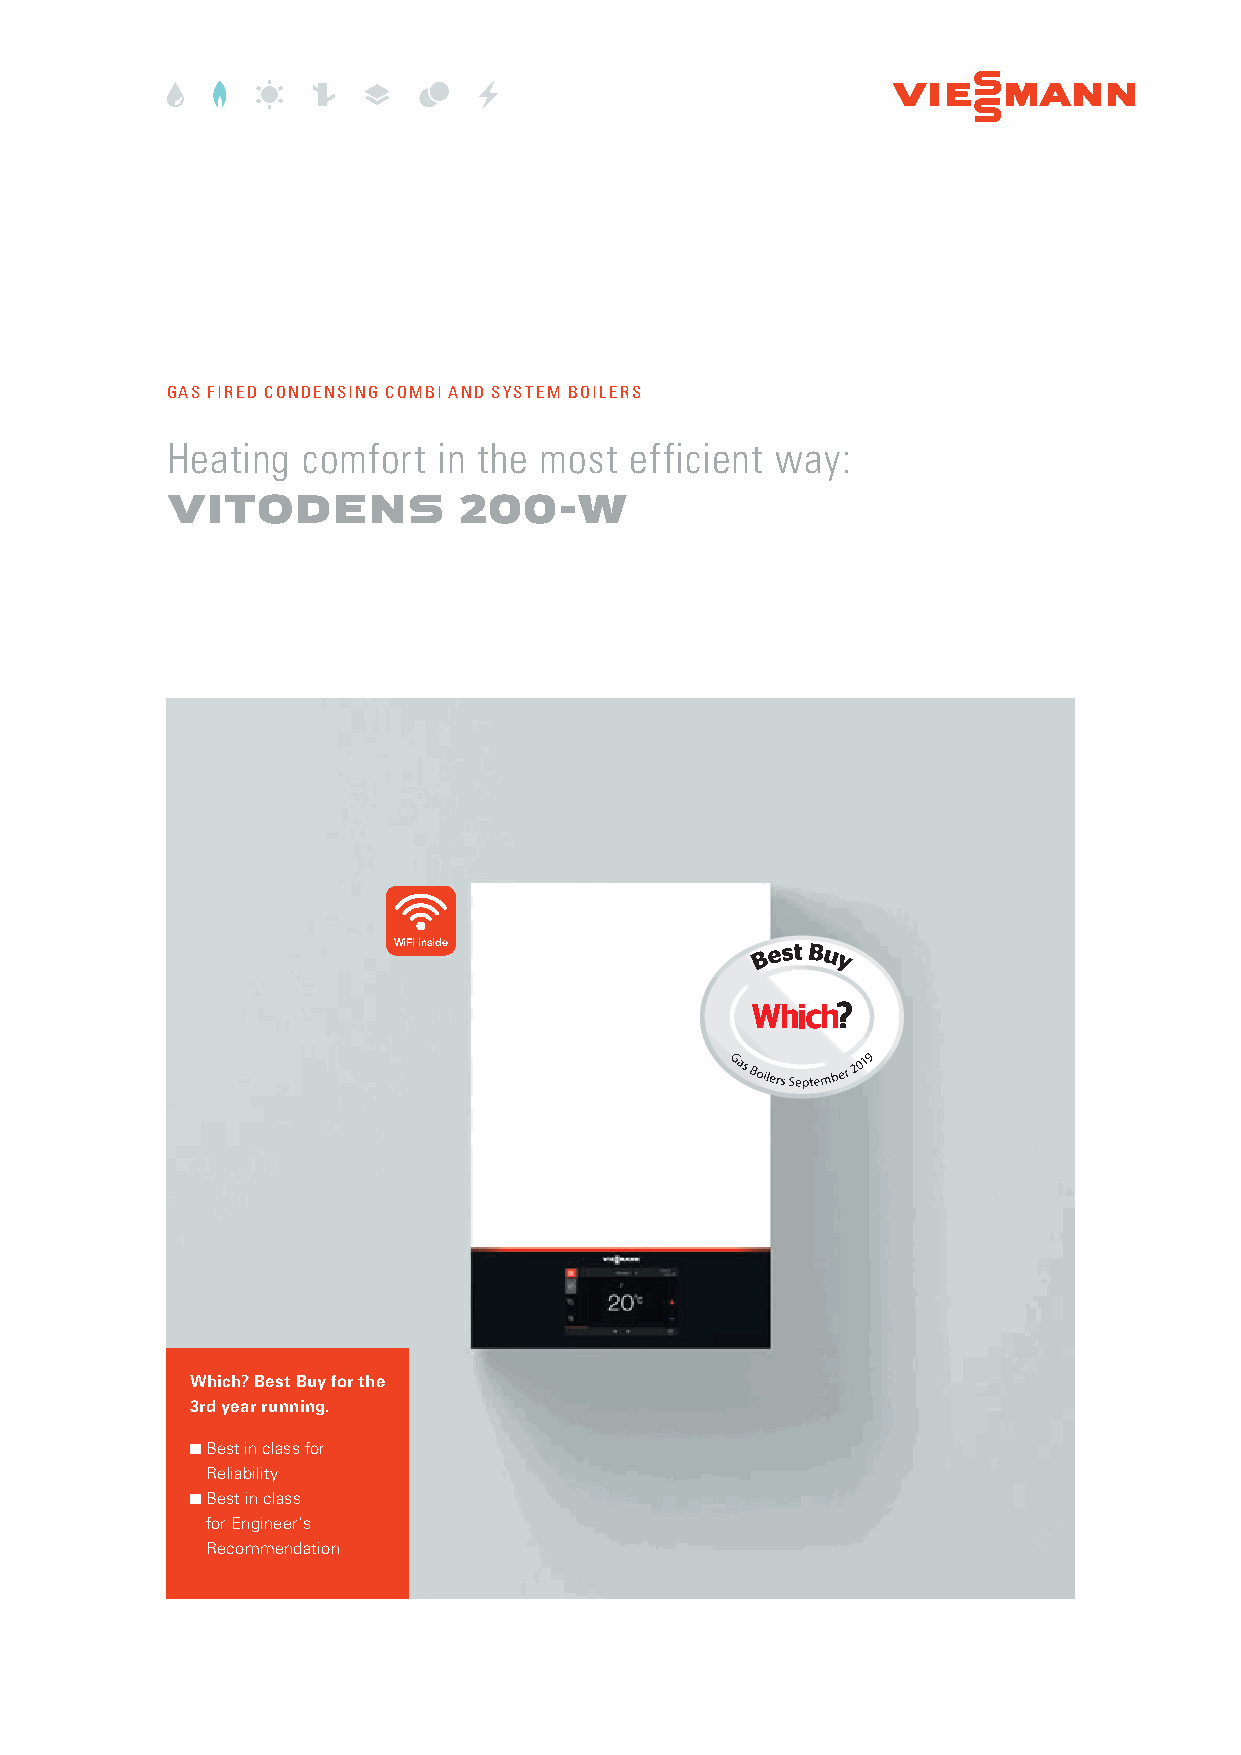
GAS FIRED CONDENSING COMBI AND SYSTEM BOILERS
 Heating  comfort  in the most  efficient way:
 VITODENS           200-W
 WiFi inside
 Which? Best Buy for the
 3rd year running.
 n Best in class for
 Reliability
 n Best in class
 for Engineer‘s
 Recommendation